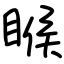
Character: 睺